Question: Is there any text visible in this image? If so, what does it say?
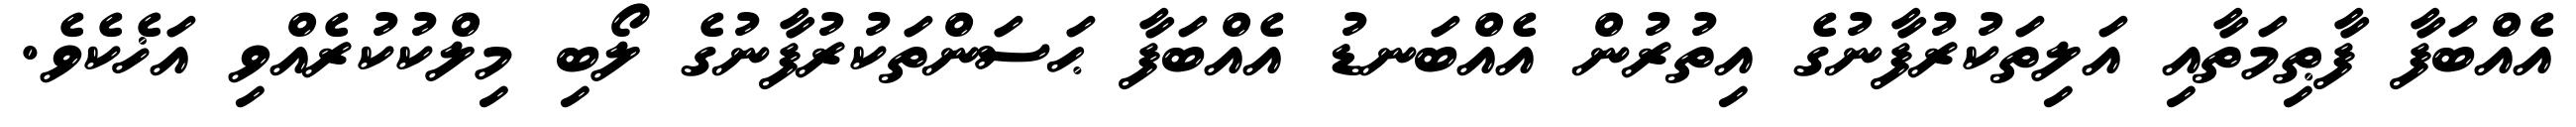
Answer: އެއްބަފާ ފާޠިމަތާއި އަލިތަކުރުފާނުގެ އިތުރުން އެއްބަނޑު އެއްބަފާ ޙަސަންތަކުރުފާނުގެ ލޯބި މިލްކުކުރެއްވި އަޚެކެވެ.